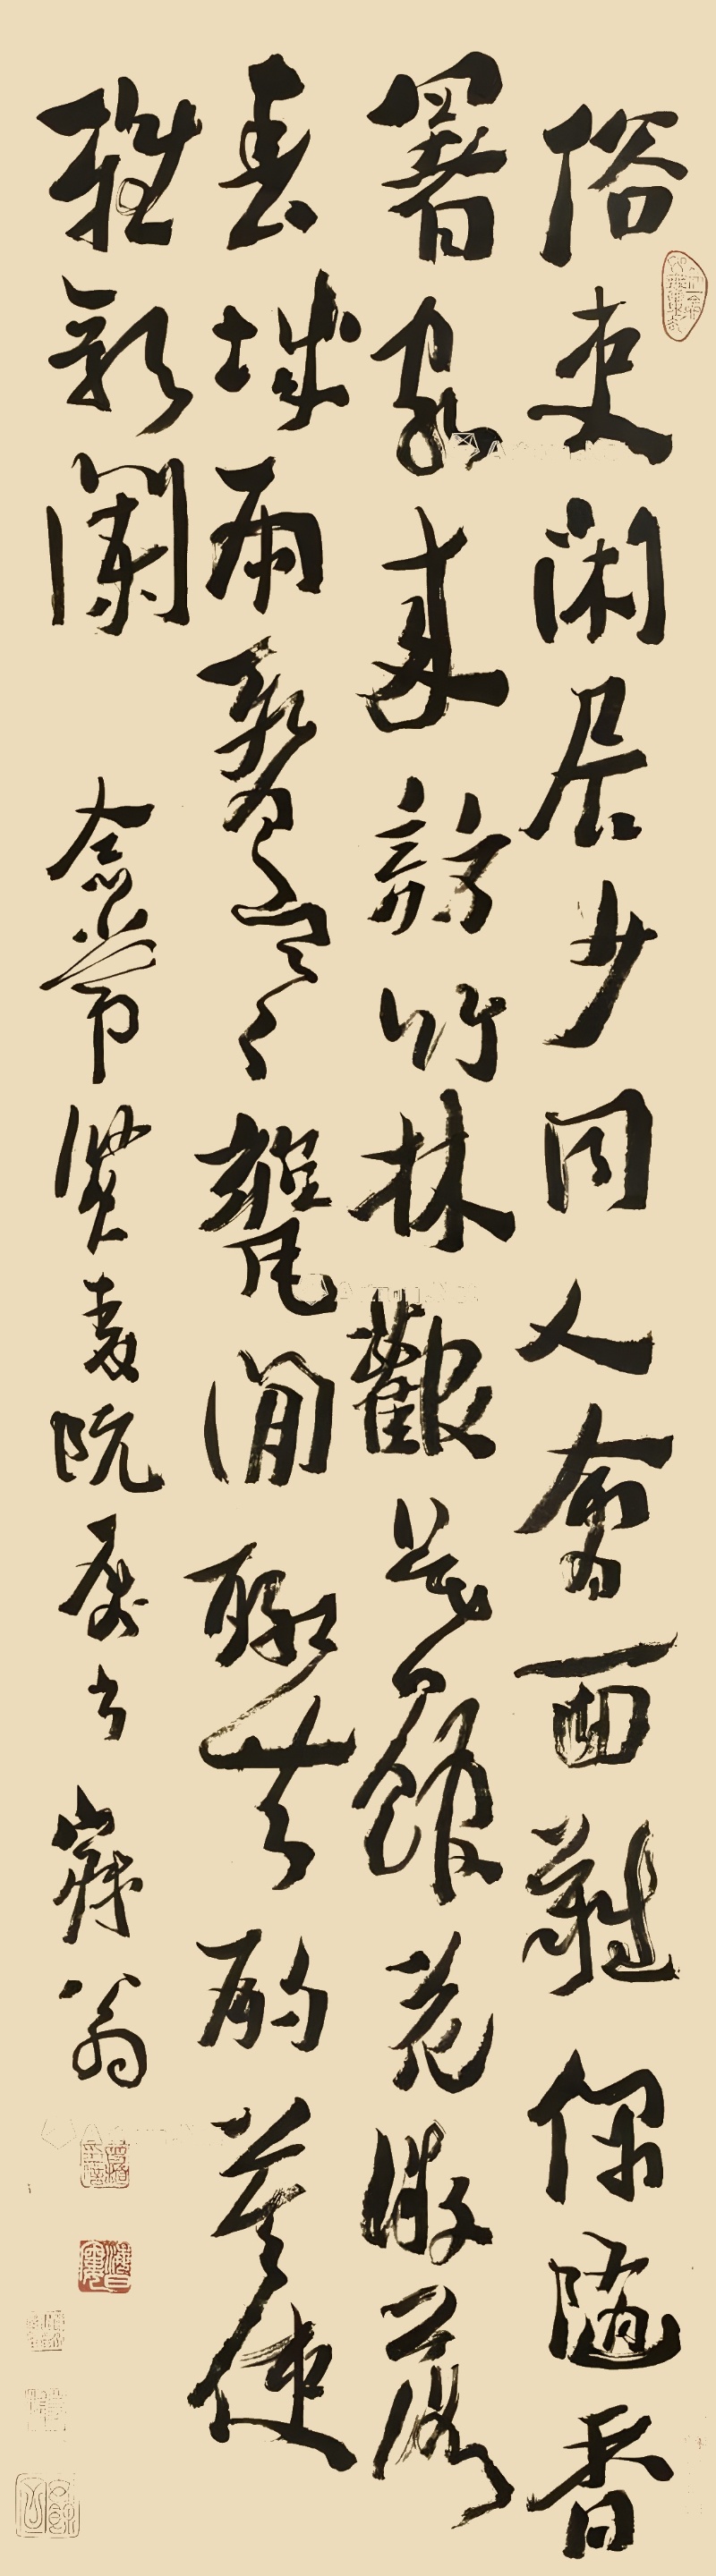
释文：俗吏闲居少，同人会面难。偶随香署客，来访竹林欢。暮馆花微落，春城雨暂寒。瓮间聊共酌，莫使雅歌阑。念常贤表阮属书，寐翁。